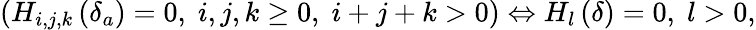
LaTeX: \left(H_{i,j,k}\left(\delta_{a}\right)=0,\; i,j,k\geq 0,\; i+j+k>0\right)\Leftrightarrow H_{l}\left(\delta\right)=0,\; l>0,